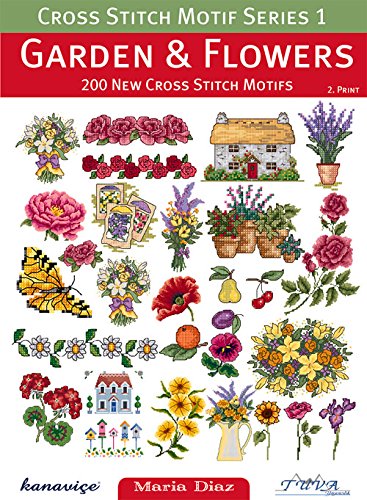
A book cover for Cross Stitch Motif Series 1: Garden & Flowers: 200 New Cross Stitch Motifs; Maria Diaz; Crafts, Hobbies & Home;